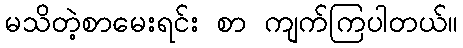
မသိတဲ့စာမေးရင်း စာ ကျက်ကြပါတယ်။